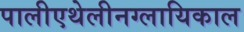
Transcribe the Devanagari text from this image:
पालीएथेलीनग्लायिकाल